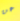
عن